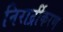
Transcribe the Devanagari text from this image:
निरार्द्रीकरण